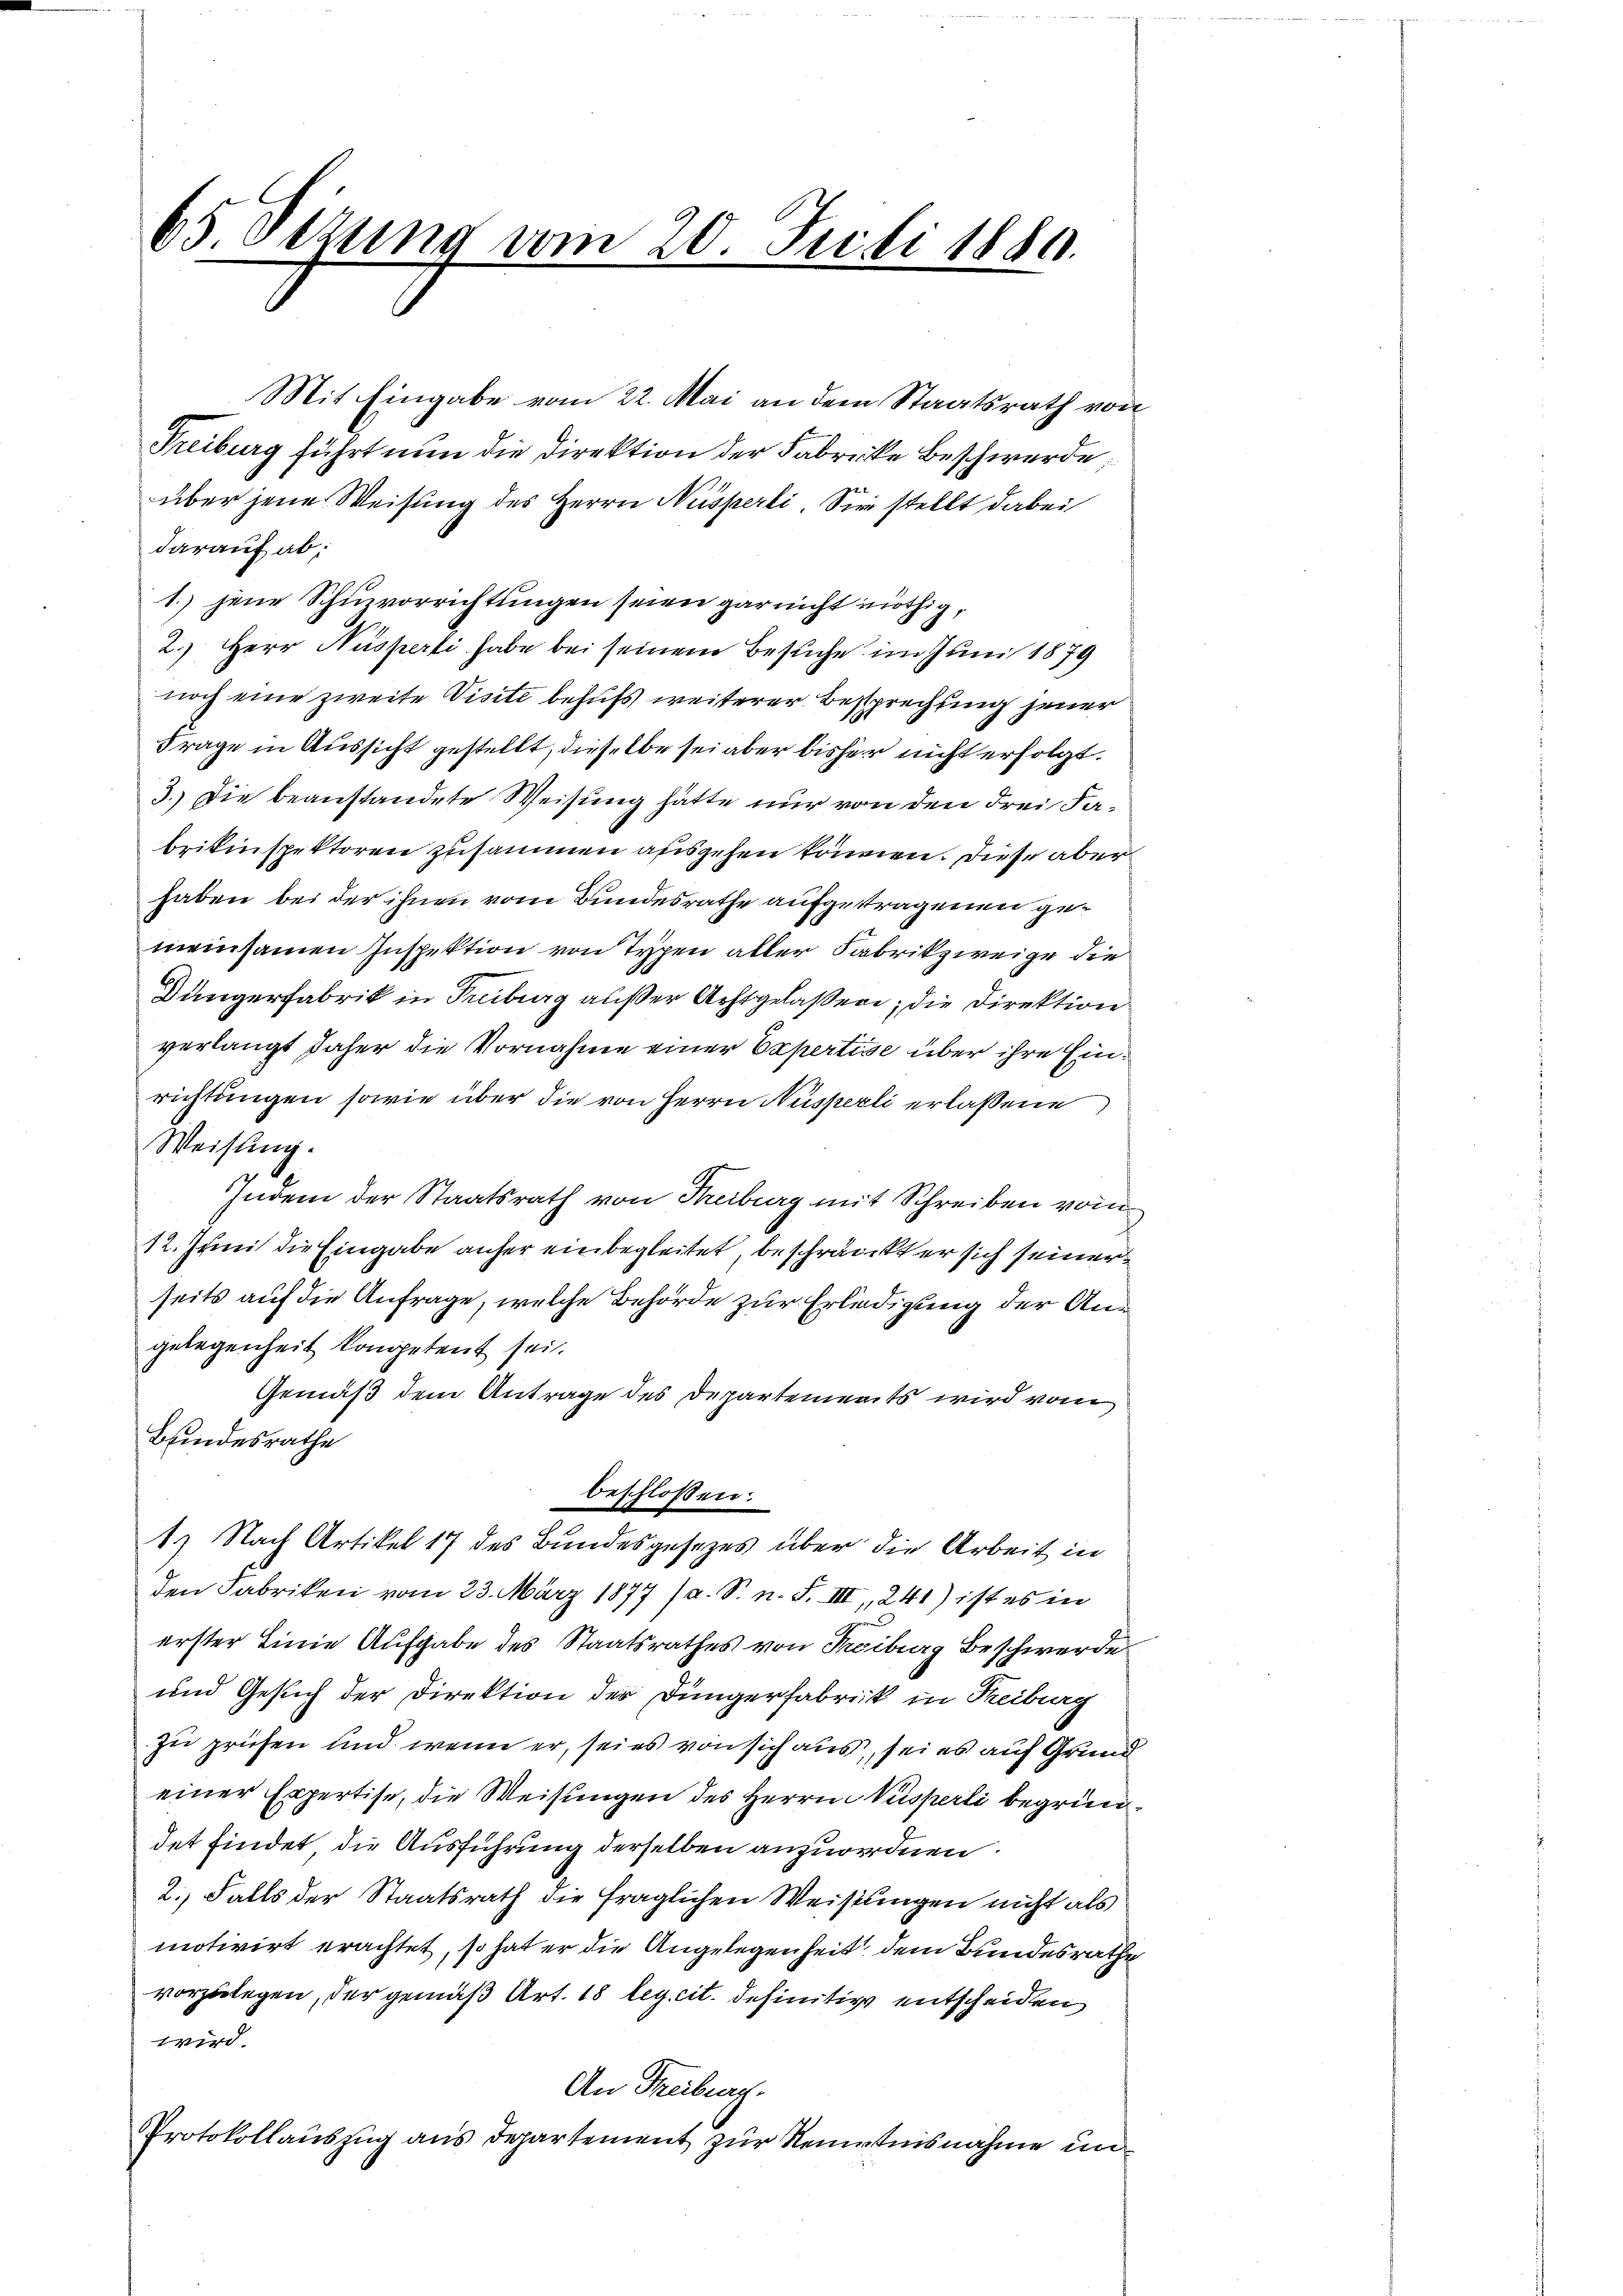
65 Situng vom 20. Juli 1880.

Mit Eingabe vom 22. Mai an dem Staatsrath von
Freiburg führt nun die Direktion der Fabricke Beschwerde;
über jene Weisung des Herrn Nüsperli. Sie stellt dabei
darauf ab;
1.) jene Schuzvorrichtungen seien gar nicht nöthig,
2.) Herr Nusperti habe bei seinem Besuche im Juni 1879
noch eine zweite Visite behufs weiterer Besprechung jener
Frage in Aussicht gestellt, dieselbe sei aber bisher nicht erfolgt.
3.) Die beanstandete Weisung hätte nur von den drei Fabrikinspektoren zusammen ausgehen können. Diese aber
haben bei der ihnen vom Bundesrathe aufgetragenen gemeinsamen Inspektion von Typen aller Fabrikzweige die
Düngerfabrik in Freiburg außer Achtgelaßen; die Direktion
verlangt daher die Vornahme einer Expertise über ihre Einrichtungen sowie über die von Herrn Nusperli erlassene
Weisung.
Indem der Staatsrath von Treiburg mit Schreiben vom
12. Juni die Eingabe anher einbegleitet, beschränkt er sich seiner
seits auf die Anfrage, welche Behörde zur Erledigung der Angelegenheit kompetent sei.
Gemäß dem Antrage des Departements wird vom
Bundesrathe
beschlossen:
1) Nach Artikel 17 des Bundesgesezes über die Arbeit in
den Fabriken vom 23. März 1877 (a. S. n. F. III, 241) ist es in
erster Linie Aufgabe des Staatsrathes von Freiburg Beschwerde
und Gesuch der Direktion der Düngerfabrik in Reiburg
zu prüfen und wenn er, sei es von sich aus, sei es auf Grund
einer Expertise, die Weisungen des Herrn Visperli begründet findet die Ausführung derselben anzuordnen.
2. Falls der Staatsrath die fraglichen Weisungen nicht als
motivirt erachtet, so hat er die Angelegenheit dem Bundesrathe
vorzulegen, der gemäß Art. 18 leg. cit. definitiv entscheiden
i
An Freiburg.
Protokollauszug aus Departement zur Kenntnisnahme un